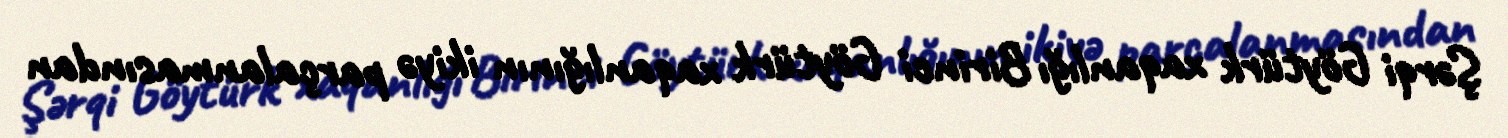
Şərqi Göytürk xaqanlığı Birinci Göytürk xaqanlığının ikiyə parçalanmasından